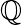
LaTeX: \mathbb{Q}